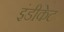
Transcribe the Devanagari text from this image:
इंडीकेट